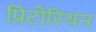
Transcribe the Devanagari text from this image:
प्रिटोरियन